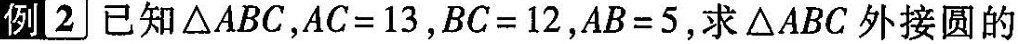
例2 已知\triangleABC，$$AC=13$$，$$BC=12$$，$$AB=5$$，求\triangleABC外接圆的